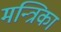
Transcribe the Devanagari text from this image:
मन्त्रिका